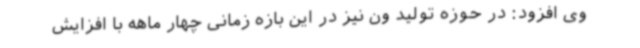
وی افزود: در حوزه تولید ون نیز در این بازه زمانی چهار ماهه با افزایش